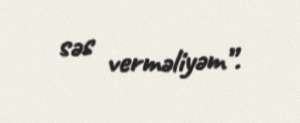
səs verməliyəm”.